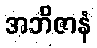
အဘိဇာနံ